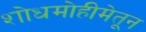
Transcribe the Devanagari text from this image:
शोधमोहीमेतून